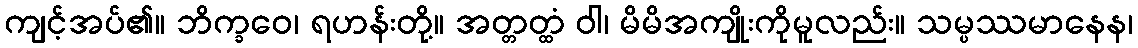
ကျင့်အပ်၏။ ဘိက္ခဝေ၊ ရဟန်းတို့။ အတ္တတ္ထံ ဝါ၊ မိမိအကျိုးကိုမူလည်း။ သမ္ပဿမာနေန၊